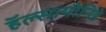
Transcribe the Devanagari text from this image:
हॅल्सायोनिडे